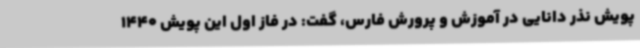
پویش نذر دانایی در آموزش و پرورش فارس، گفت: در فاز اول این پویش 1440